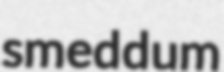
smeddum